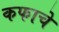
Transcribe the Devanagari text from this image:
कफाचे